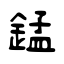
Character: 錳